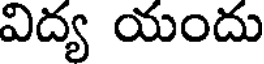
విద్య యందు